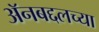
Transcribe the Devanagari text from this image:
अॅनबद्दलच्या